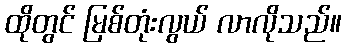
ထိုတွင် မြစ်တုံးလွယ် လာလိုသည်။